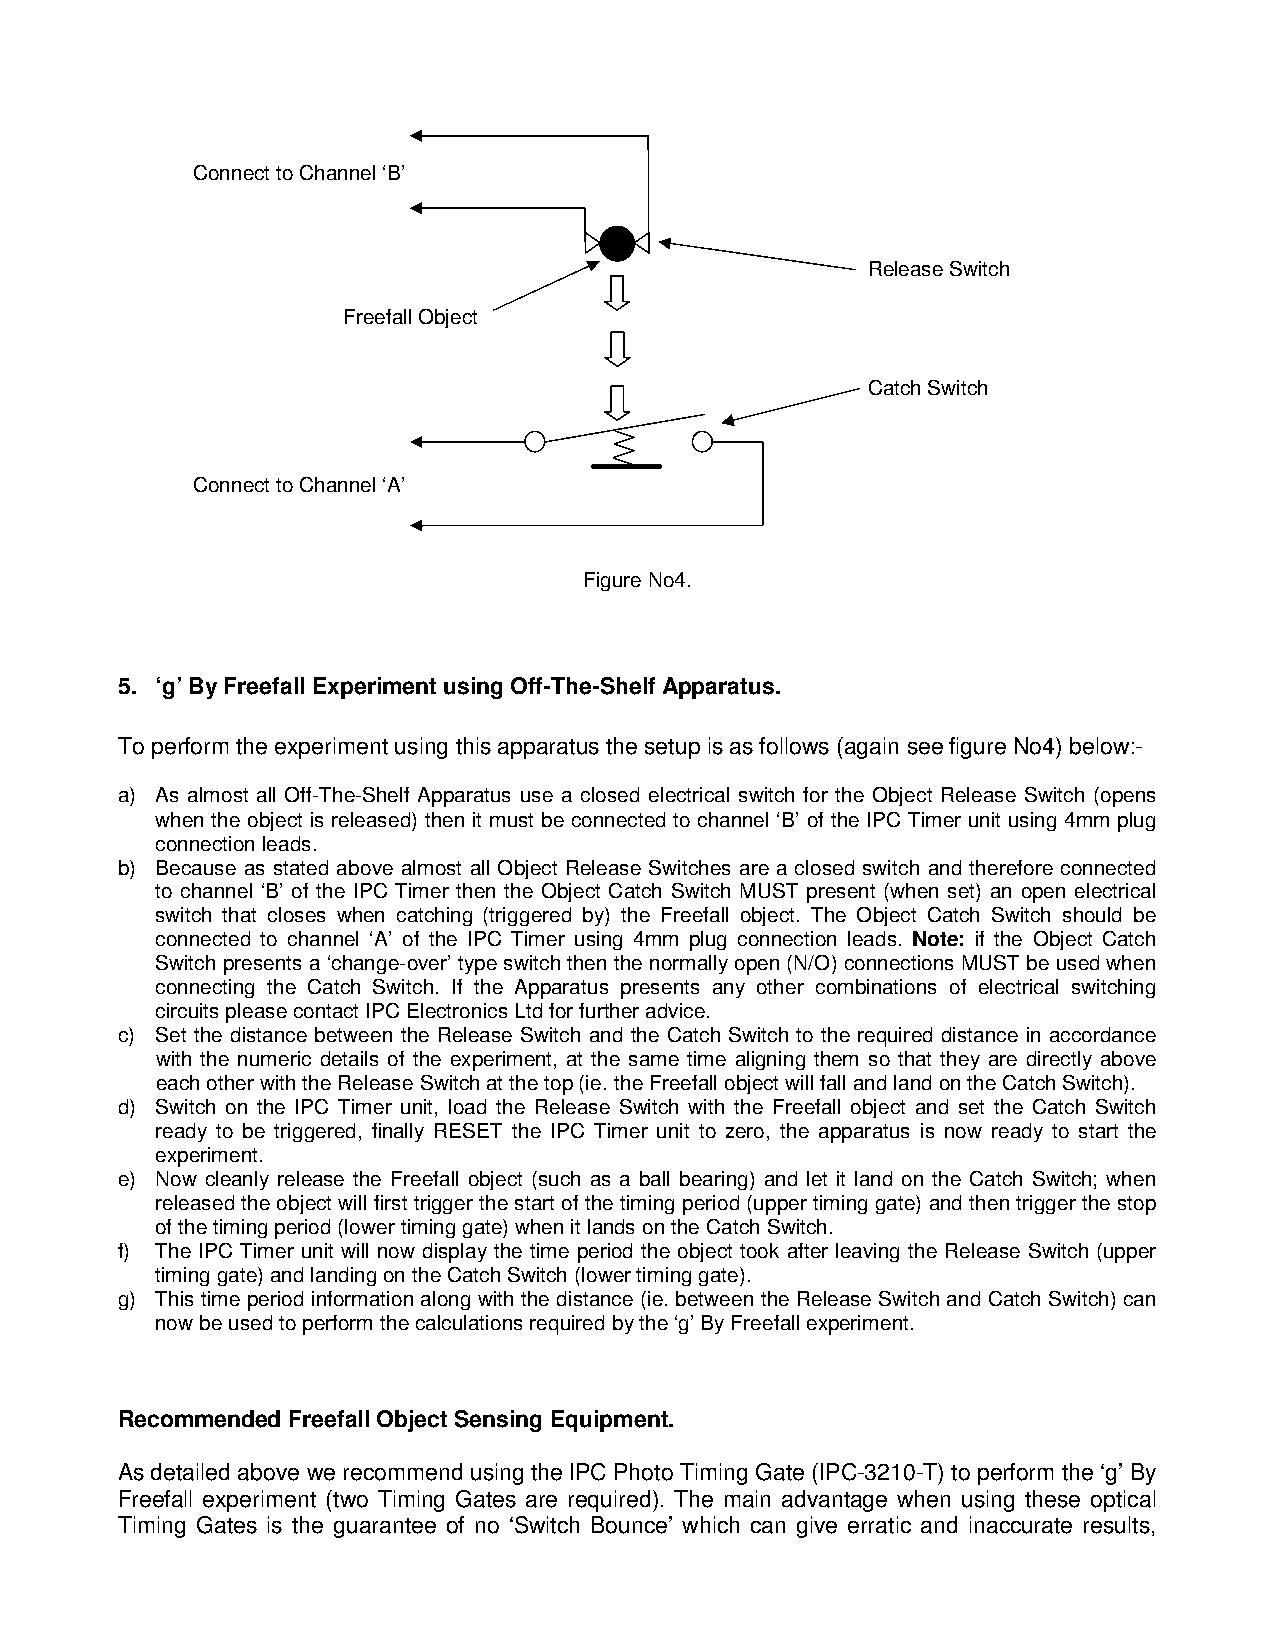
Connect to Channel ‘B’
 Release Switch
 Freefall Object
 Catch Switch
 Connect to Channel ‘A’
 Figure No4.
 5. ‘g’ By Freefall Experiment using Off-The-Shelf Apparatus.
 To perform the experiment using this apparatus the setup is as follows (again see figure No4) below:-
 a) As almost all Off-The-Shelf Apparatus use a closed electrical switch for the Object Release Switch (opens
 when the object is released) then it must be connected to channel ‘B’ of the IPC Timer unit using 4mm plug
 connection leads.
 b) Because as stated above almost all Object Release Switches are a closed switch and therefore connected
 to channel ‘B’ of the IPC Timer then the Object Catch Switch MUST present (when set) an open electrical
 switch that closes when catching (triggered by) the Freefall object. The Object Catch Switch should be
 connected to channel ‘A’ of the IPC Timer using 4mm plug connection leads. Note: if the Object Catch
 Switch presents a ‘change-over’ type switch then the normally open (N/O) connections MUST be used when
 connecting the Catch Switch. If the Apparatus presents any other combinations of electrical switching
 circuits please contact IPC Electronics Ltd for further advice.
 c) Set the distance between the Release Switch and the Catch Switch to the required distance in accordance
 with the numeric details of the experiment, at the same time aligning them so that they are directly above
 each other with the Release Switch at the top (ie. the Freefall object will fall and land on the Catch Switch).
 d) Switch on the IPC Timer unit, load the Release Switch with the Freefall object and set the Catch Switch
 ready to be triggered, finally RESET the IPC Timer unit to zero, the apparatus is now ready to start the
 experiment.
 e) Now cleanly release the Freefall object (such as a ball bearing) and let it land on the Catch Switch; when
 released the object will first trigger the start of the timing period (upper timing gate) and then trigger the stop
 of the timing period (lower timing gate) when it lands on the Catch Switch.
 f) The IPC Timer unit will now display the time period the object took after leaving the Release Switch (upper
 timing gate) and landing on the Catch Switch (lower timing gate).
 g) This time period information along with the distance (ie. between the Release Switch and Catch Switch) can
 now be used to perform the calculations required by the ‘g’ By Freefall experiment.
 Recommended Freefall Object Sensing Equipment.
 As detailed above we recommend using the IPC Photo Timing Gate (IPC-3210-T) to perform the ‘g’ By
 Freefall experiment (two Timing Gates are required). The main advantage when using these optical
 Timing Gates is the guarantee of no ‘Switch Bounce’ which can give erratic and inaccurate results,